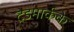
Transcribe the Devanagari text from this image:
ट्रेडमार्कके